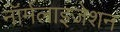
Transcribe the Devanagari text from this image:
नॉर्मलाइजेशन